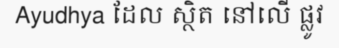
Ayudhya ដែល ស្ថិត នៅលើ ផ្លូវ